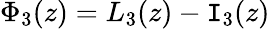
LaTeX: \Phi_{3}(z)=L_{3}(z)-\mathtt{I}_{3}(z)